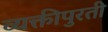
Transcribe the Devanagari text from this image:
व्यक्तीपुरती